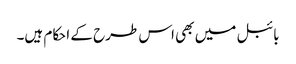
بائبل میں بھی اس طرح کے احکام ہیں۔